Report of the Indian Hemp Drugs Commission, 1894-1895 - Volume III
Year: 1894
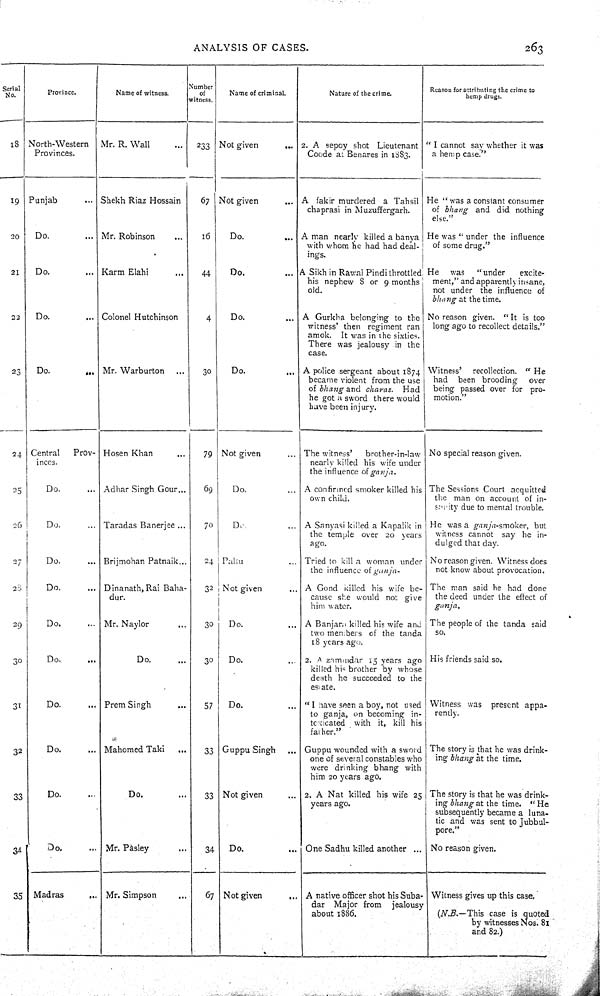
ANALYSIS OF CASES.
263
Serial
No.
Province.
Name of witness.
Number
of
witness.
Name of criminal.
Nature of the crime.
Reason for attributing the crime to
hemp drugs.
18
North-Western
Provinces.
Mr. R. Wall
233 Not given
2. A sepoy shot Lieutenant
Coode at Benares in 1883.
"I cannot say whether it was
a hemp case."
19 Punjab
Shekh Riaz Hossain
67
Not given
A fakir murdered a Tahsil
chaprasi in Muzuffergarh.
He "was a constant consumer
of bhang and did nothing
else."
20
Do.
Mr. Robinson
16
Do.
A man nearly killed a banya
with whom he had had deal-
ings.
He was "under the influence
of some drug."
21
Do.
Karm Elahi
44
Do.
A Sikh in Rawal Pindi throttled
his nephew 8 or 9 months
old.
He was "under
excite-
ment," and apparently insane,
not under the influence of
bhang at the time.
22
Do.
Colonel Hutchinson
4
Do.
A Gurkha belonging to the
witness' then regiment ran
amok. It was in the sixties.
There was jealousy in the
case.
No reason given. "It is too
long ago to recollect details."
23
Do.
Mr. Warburton
30
Do.
A police sergeant about 1874
became violent from the use
of bhang and charas. Had
he got a sword there would
have been injury.
Witness' recollection. "He
had been brooding over
being passed over for pro-
motion."
24 Central Prov-
inces.
Hosen Khan
79 Not given
The witness' brother-in-law
nearly killed his wife under
the influence of ganja.
No special reason given.
25
Do.
Adhar Singh Gour
69
Do.
A confirmed smoker killed his
own child.
The Sessions Court acquitted
the man on account of in-
sanity due to mental trouble.
26
Do.
Taradas Banerjee
70
Do.
A Sanyasi killed a Kapalik in
the temple over 20 years
ago.
He was a ganja-smoker, but
witness cannot say he in-
dulged that day.
27
Do.
Brijmohan Patnaik
24 Paltu
Tried to kill a woman under
the influence of ganja-
No reason given. Witness does
not know about provocation.
28
Do.
Dinanath, Rai Baha-
dur.
32 Not given
A Gond killed his wife be-
cause she would not give
him water.
The man said he had done
the deed under the effect of
ganja.
29
Do.
Mr. Naylor
30
Do.
A Banjara killed his wife and
two members of the tanda
18 years ago.
The people of the tanda said
so.
30
Do.
Do.
30 Do.
2. A zamindar 15 years ago
killed his brother by whose
death he succeeded to the
estate.
His friends said so.
31
Do.
Prem Singh
57
Do.
"I have seen a boy, not used
to ganja, on becoming in-
toxicated with it, kill his
father."
Witness was present appa-
rently.
32
Do.
Mahomed Taki
33 Guppu Singh
Guppu wounded with a sword
one of several constables who
were drinking bhang with
him 20 years ago.
The story is that he was drink-
ing bhang at the time.
33
Do.
Do.
33 Not given
2. A Nat killed his wife 25
years ago.
The story is that he was drink-
ing bhang at the time. "He
subsequently became a luna-
tic and was sent to Jubbul-
pore."
34
Do.
Mr. Pasley
34
Do.
One Sadhu killed another
No reason given.
35 Madras
Mr. Simpson
67 Not given
A native officer shot his Suba-
dar Major from jealousy
about 1886.
Witness gives up this case.
(N.B.—This case is quoted
by witnesses Nos. 81
and 82.)